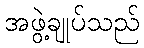
အဖွဲ့ချုပ်သည်